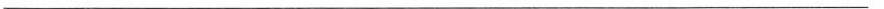
___